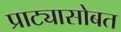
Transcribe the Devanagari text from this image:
प्राट्यासोबत